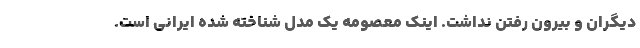
دیگران و بیرون رفتن نداشت. اینک معصومه یک مدل شناخته شده ایرانی است.